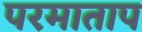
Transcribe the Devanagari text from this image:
परमाताप